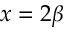
x = 2 \beta